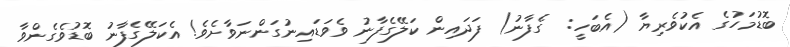
ބޮޑުމަހުގެ އެކުވެރިޔާ (އެބަހީ:  ގެފާނު) ފަދައިން ކަލޭގެފާނު ވެވަޑައިނުގަންނަވާށެވެ! އެކަލޭގެފާނު ބޮޑުވެގެންވާ